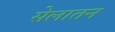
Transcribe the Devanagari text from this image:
सेलातन